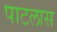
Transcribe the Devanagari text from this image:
पाटलास